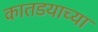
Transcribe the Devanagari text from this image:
कातडयाच्या